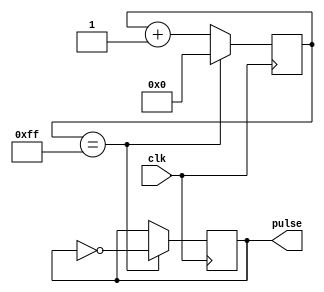
module SimplePulseGenerator (
    input wire clk,
    output reg pulse
);

reg [7:0] count;
reg pulse_reg;

always @(posedge clk) begin
    count <= count + 1;
    if (count == 8'hFF) begin
        count <= 8'h00;
        pulse_reg <= ~pulse_reg;
    end
end

assign pulse = pulse_reg;

endmodule